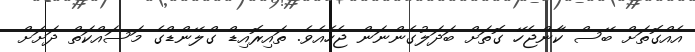
އެއްގޮތަށް ބޭސް ކާންޖެހޭ ގޮތަށް ބަދަލުގެންނަން ޖެހެއެވެ. ތައިރޮއިޑް ގްލޭންޑްގެ މަސައްކަތް ދަށަށް